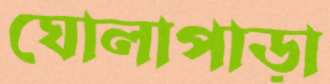
ঘোলাপাড়া